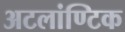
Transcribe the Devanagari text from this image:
अटलांण्टिक